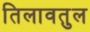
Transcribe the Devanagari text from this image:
तिलावतुल